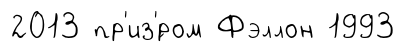
2013 пр'из'́ром Фэллон 1993